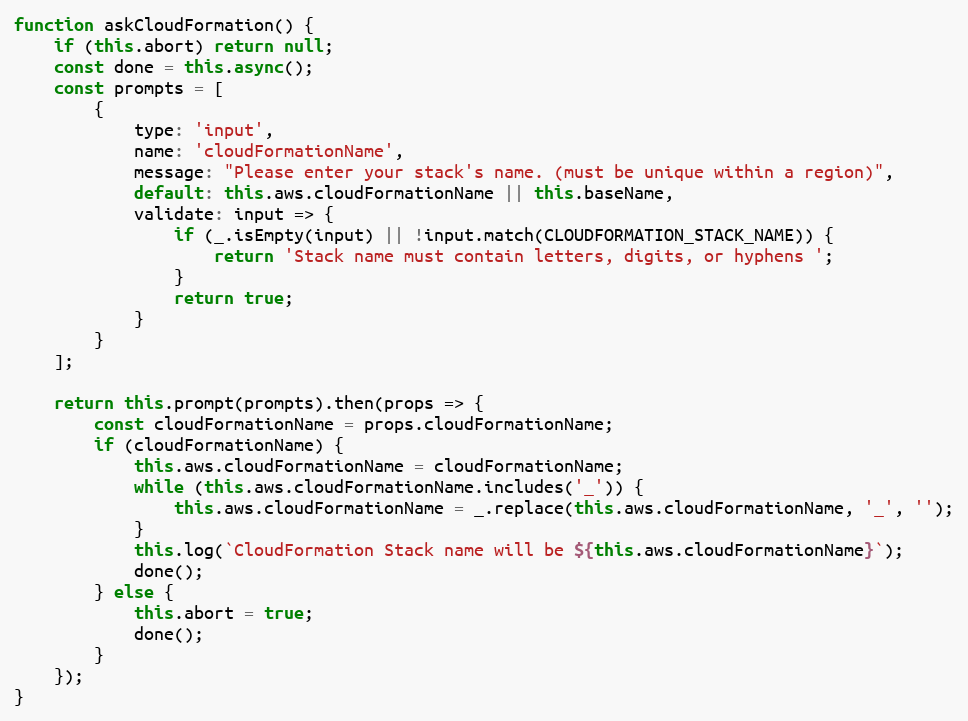
Language: JavaScript
function askCloudFormation() {
    if (this.abort) return null;
    const done = this.async();
    const prompts = [
        {
            type: 'input',
            name: 'cloudFormationName',
            message: "Please enter your stack's name. (must be unique within a region)",
            default: this.aws.cloudFormationName || this.baseName,
            validate: input => {
                if (_.isEmpty(input) || !input.match(CLOUDFORMATION_STACK_NAME)) {
                    return 'Stack name must contain letters, digits, or hyphens ';
                }
                return true;
            }
        }
    ];

    return this.prompt(prompts).then(props => {
        const cloudFormationName = props.cloudFormationName;
        if (cloudFormationName) {
            this.aws.cloudFormationName = cloudFormationName;
            while (this.aws.cloudFormationName.includes('_')) {
                this.aws.cloudFormationName = _.replace(this.aws.cloudFormationName, '_', '');
            }
            this.log(`CloudFormation Stack name will be ${this.aws.cloudFormationName}`);
            done();
        } else {
            this.abort = true;
            done();
        }
    });
}